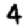
Digit: 4